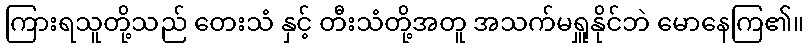
ကြားရသူတို့သည် တေးသံ နှင့် တီးသံတို့အတူ အသက်မရှူနိုင်ဘဲ မောနေကြ၏။